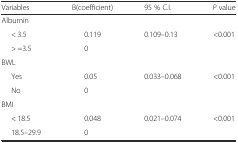
<table><thead><tr><td><b>Variables</b></td><td><b>B(coefficient)</b></td><td><b>95 % C.I.</b></td><td><b><i>P</i> value</b></td></tr></thead><tbody><tr><td>Albumin</td><td></td><td></td><td></td></tr><tr><td>&lt; 3.5</td><td>0.119</td><td>0.109–0.13</td><td>&lt;0.001</td></tr><tr><td>&gt; =3.5</td><td>0</td><td></td><td></td></tr><tr><td>BWL</td><td></td><td></td><td></td></tr><tr><td>Yes</td><td>0.05</td><td>0.033–0.068</td><td>&lt;0.001</td></tr><tr><td>No</td><td>0</td><td></td><td></td></tr><tr><td>BMI</td><td></td><td></td><td></td></tr><tr><td>&lt; 18.5</td><td>0.048</td><td>0.021–0.074</td><td>&lt;0.001</td></tr><tr><td>18.5–29.9</td><td>0</td><td></td><td></td></tr></tbody></table>